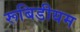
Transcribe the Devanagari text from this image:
रूबिडीयम